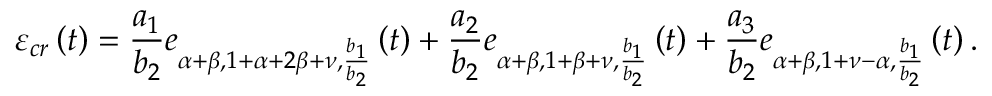
\varepsilon _ { c r } \left( t \right) = \frac { a _ { 1 } } { b _ { 2 } } e _ { \alpha + \beta , 1 + \alpha + 2 \beta + \nu , \frac { b _ { 1 } } { b _ { 2 } } } \left( t \right) + \frac { a _ { 2 } } { b _ { 2 } } e _ { \alpha + \beta , 1 + \beta + \nu , \frac { b _ { 1 } } { b _ { 2 } } } \left( t \right) + \frac { a _ { 3 } } { b _ { 2 } } e _ { \alpha + \beta , 1 + \nu - \alpha , \frac { b _ { 1 } } { b _ { 2 } } } \left( t \right) .